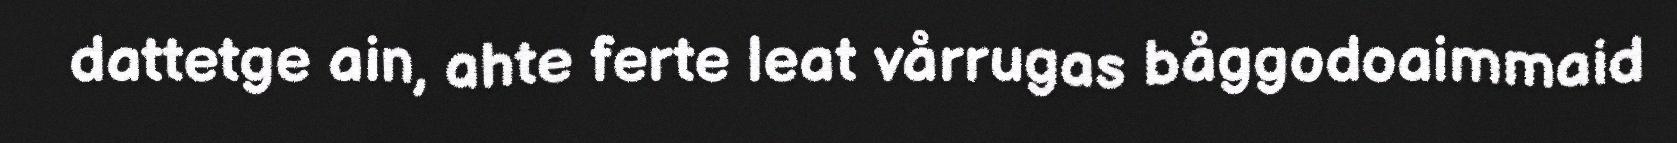
dattetge ain, ahte ferte leat vårrugas båggodoaimmaid